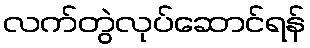
လက်တွဲလုပ်ဆောင်ရန်